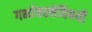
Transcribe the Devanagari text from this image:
गर्भावस्थेविषयी